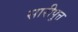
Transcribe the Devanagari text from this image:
सारीपुत्त